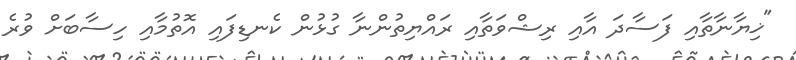
"ޚިޔާނާތާއި ފަސާދަ އާއި ރިޝްވަތާއި ރައްޔިތުންނާ ގުޅުން ކެނޑިފައި އޮތުމާއި ހިސާބަށް ވުރެ